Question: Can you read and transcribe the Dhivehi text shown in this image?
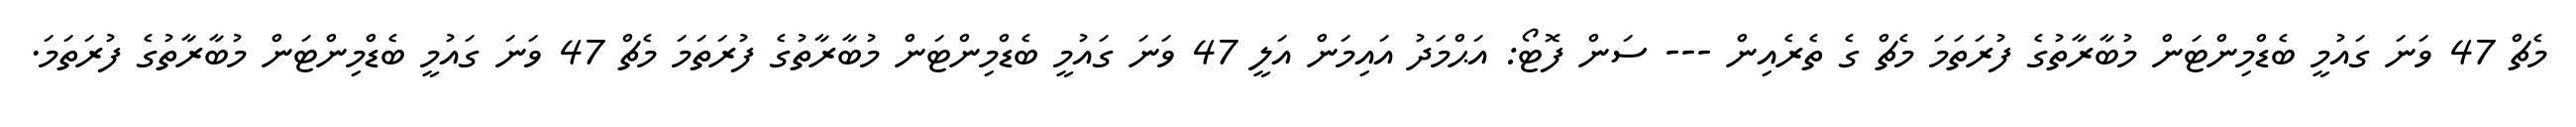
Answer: މެޗް 47 ވަނަ ގައުމީ ބެޑްމިންޓަން މުބާރާތުގެ ފުރަތަމަ މެޗް ގެ ތެރެއިން --- ސަން ފޮޓޯ: އަޙްމަދު އައިމަން އަލީ 47 ވަނަ ގައުމީ ބެޑްމިންޓަން މުބާރާތުގެ ފުރަތަމަ މެޗް 47 ވަނަ ގައުމީ ބެޑްމިންޓަން މުބާރާތުގެ ފުރަތަމަ.